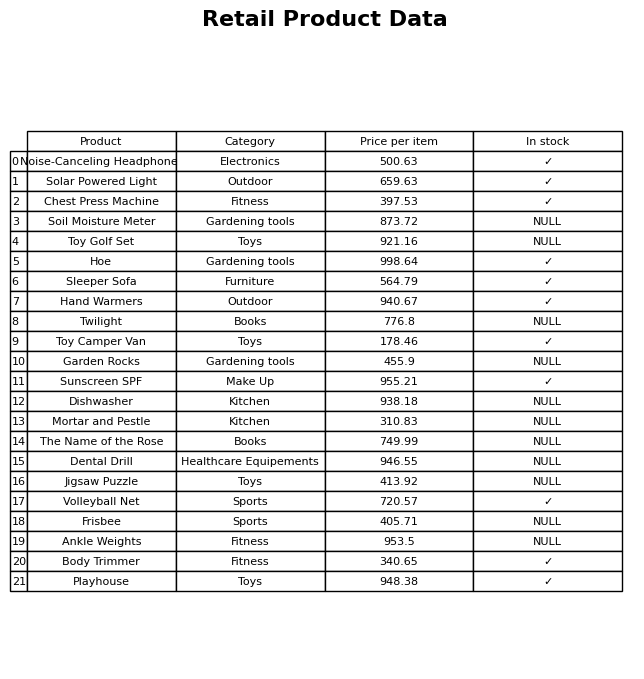
question: What is the price of the Solar Powered Light?
answer: The price of Solar Powered Light is 659.63.